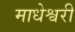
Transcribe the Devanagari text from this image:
माधेश्वरी